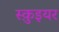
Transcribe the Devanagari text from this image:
स्क़ुइयर